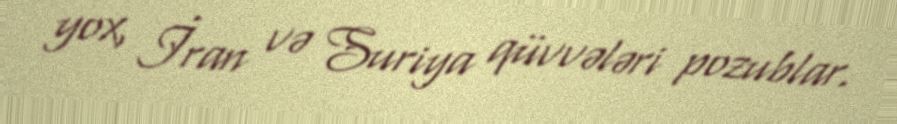
yox, İran və Suriya qüvvələri pozublar.